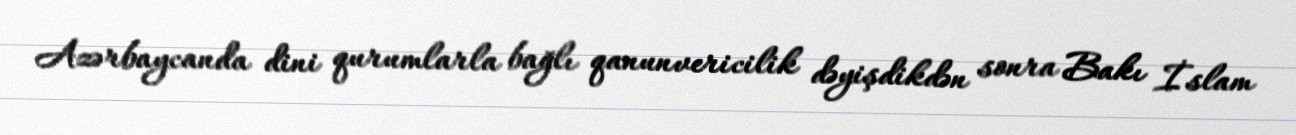
Azərbaycanda dini qurumlarla bağlı qanunvericilik dəyişdikdən sonra Bakı İslam